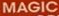
MAGIC